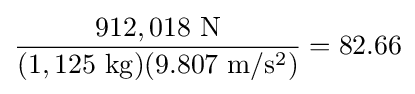
{\frac {912,018\ \mathrm {N} }{(1,125\ \mathrm {kg} )(9.807\ \mathrm {m/s^{2}} )}}=82.66